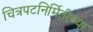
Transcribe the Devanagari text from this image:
चित्रपटनिर्मितीच्या